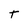
Character: t